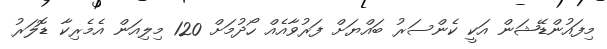
މިފައުންޑޭޝަން އަކީ ކެންސަރު ބައްޔަށް ފަރުވާއެއް ހޯދުމަށް 120 މިލިއަން އެމެރިކާ ޑޮލަރު